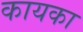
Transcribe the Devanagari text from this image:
कायका